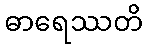
ဓာရေဿတိ